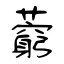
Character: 藭